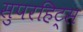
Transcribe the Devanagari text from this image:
सुपरहिट्स